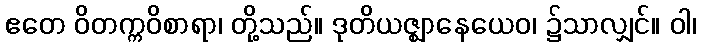
ဧတေ ဝိတက္ကဝိစာရာ၊ တို့သည်။ ဒုတိယဇ္ဈာနေယေဝ၊ ၌သာလျှင်။ ဝါ၊